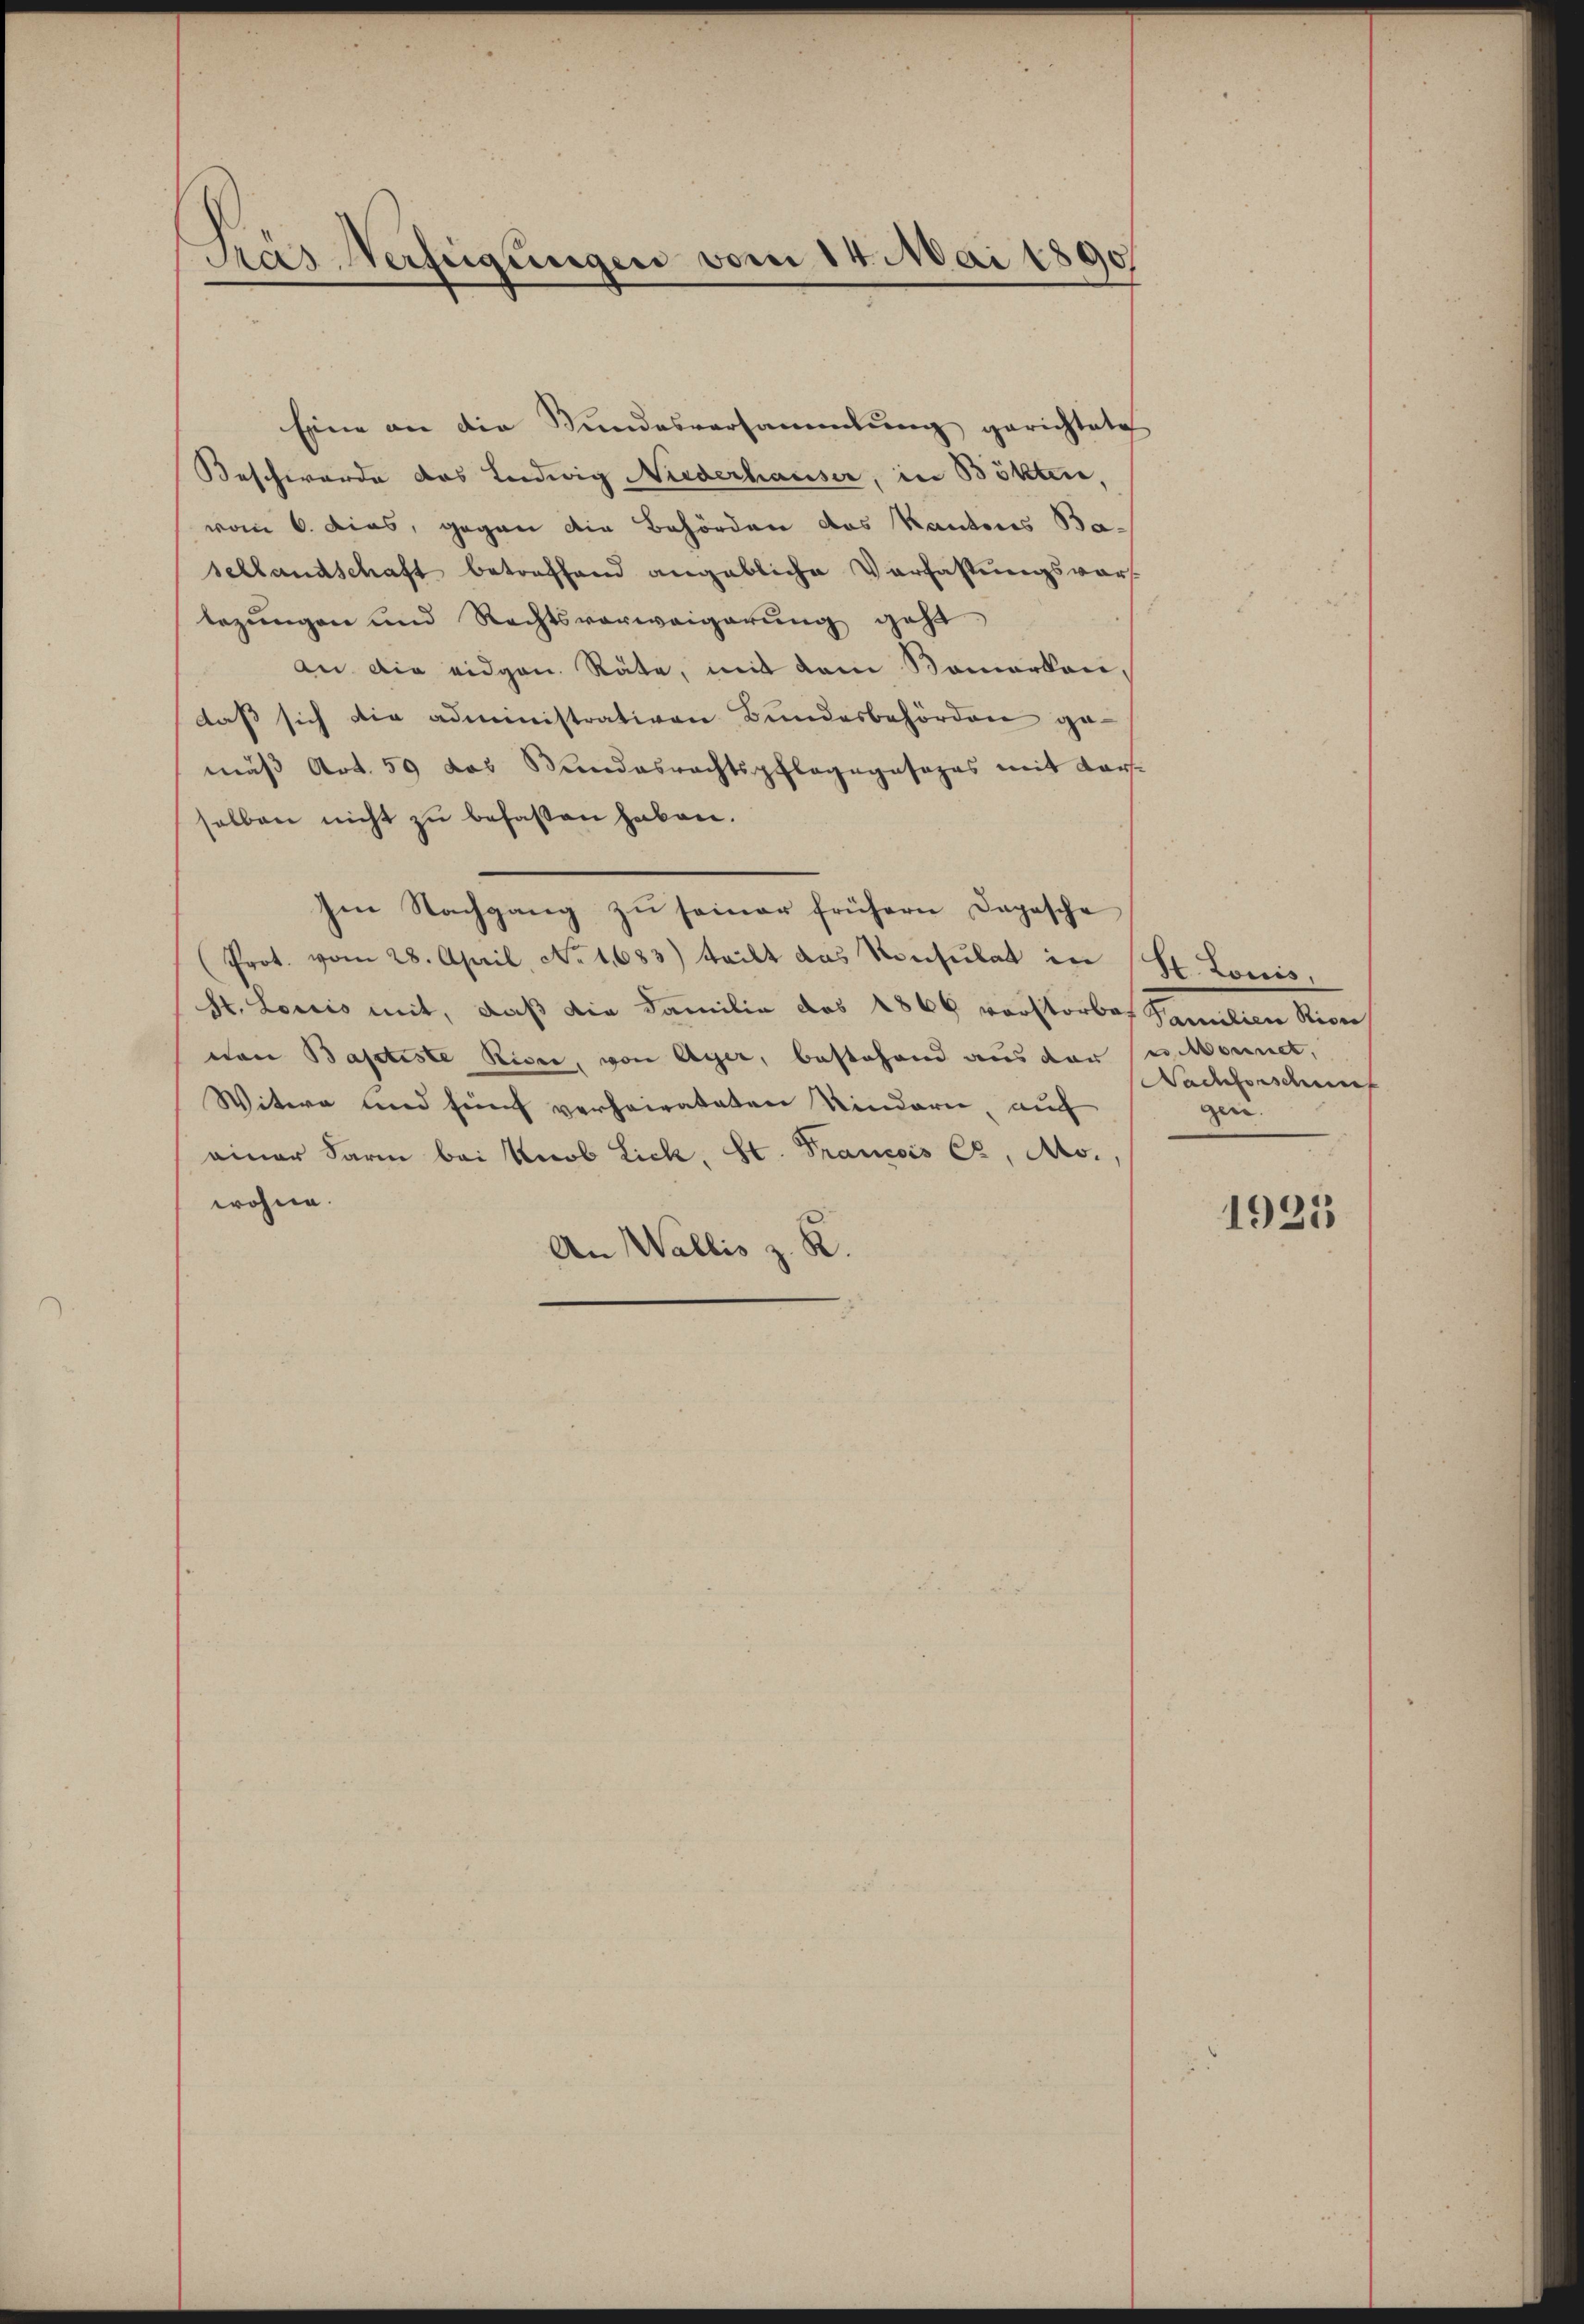
Pras Verfügungen vom 14. Mai 1890

Eine an die Stundesversammlung gerichtete
Beschwerde des Ludwig Niederhauser, in Bötter,
vom 6. dies, gegen die Behörden des Kantons Basellandschaft betreffend angebliche Verfassungsvorlegungen und Rechtsverweigerung geht
an die eidgen. Räte, mit dem Komarkeidaß sich die administrativen Bundesbehörden ge-
mäß Art. 59 das Bundesrechtspflegengasopas mit Karsselben nicht zu befassen haben.
Ien Nachgang zu seiner frühern Depesche
(Prot. vom 28. April, No 1,683) teilt das Konsulat in
St. Loriis mit, daß die Familie des 1866 vorstorben Familien Rion
von Baptiste Riser, von Ayer, bestehend aus der u. konnet,
Witwe und fünf verheirateten Kindern, auf
einer Farm bei Knob Lick, St. Francois Cz, Ms.,
wohne.
An Wallis z. K.

St. Louis,
Nachforschneef
gen.

1921